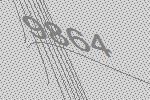
9864